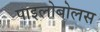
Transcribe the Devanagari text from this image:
पाइलोबोलस